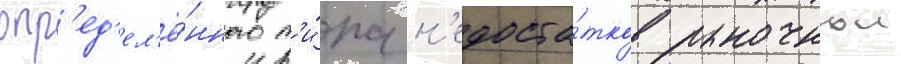
опр'ед'ел'ё́нного т'и́па н'едоста́тков рыночнои